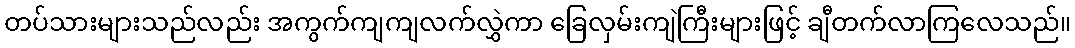
တပ်သားများသည်လည်း အကွက်ကျကျလက်လွှဲကာ ခြေလှမ်းကျဲကြီးများဖြင့် ချီတက်လာကြလေသည်။